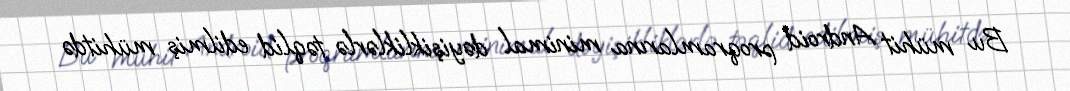
Bu mühit Android proqramlarına minimal dəyişikliklərlə təqlid edilmiş mühitdə